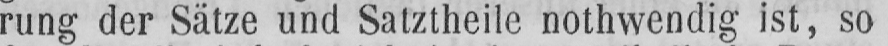
rung der Sätze und Satztheile nothwendig ist, so